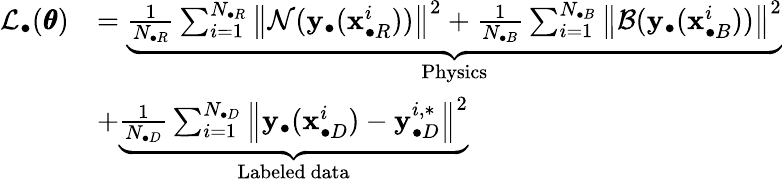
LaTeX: \begin{array}{rl}{\mathcal{L}_{\bullet}(\pmb{\theta})}&{=\underbrace{\frac{1}{N_{\bullet R}}\sum_{i=1}^{N_{\bullet R}}{\left\| \mathcal{N}(\mathbf{y}_{\bullet}(\mathbf{x}_{\bullet R}^{i}))\right\| ^{2}}+\frac{1}{N_{\bullet B}}\sum_{i=1}^{N_{\bullet B}}{\left\| \mathcal{B}(\mathbf{y}_{\bullet}(\mathbf{x}_{\bullet B}^{i}))\right\| ^{2}}}_{\mathrm{Physics}}}\\ &{+\underbrace{\frac{1}{N_{\bullet D}}\sum_{i=1}^{N_{\bullet D}}{\left\| \mathbf{y}_{\bullet}(\mathbf{x}_{\bullet D}^{i})-\mathbf{y}_{\bullet D}^{i,*}\right\| ^{2}}}_{\mathrm{Labeled~data}}}\end{array}